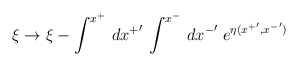
\begin{align*}\xi\rightarrow\xi-\int^{x^+}\,d{x^+}'\,\int^{x^-}\,d{x^-}'\;e^{\eta({x^+}', {x^-}')}\end{align*}